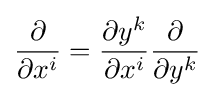
{\frac {\partial }{\partial x^{i}}}={\frac {\partial y^{k}}{\partial x^{i}}}{\frac {\partial }{\partial y^{k}}}